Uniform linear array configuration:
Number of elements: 64
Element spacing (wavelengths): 0.75
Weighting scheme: cosine
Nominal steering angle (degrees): -45
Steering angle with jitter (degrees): -43.222
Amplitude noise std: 0.05
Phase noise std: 0.05

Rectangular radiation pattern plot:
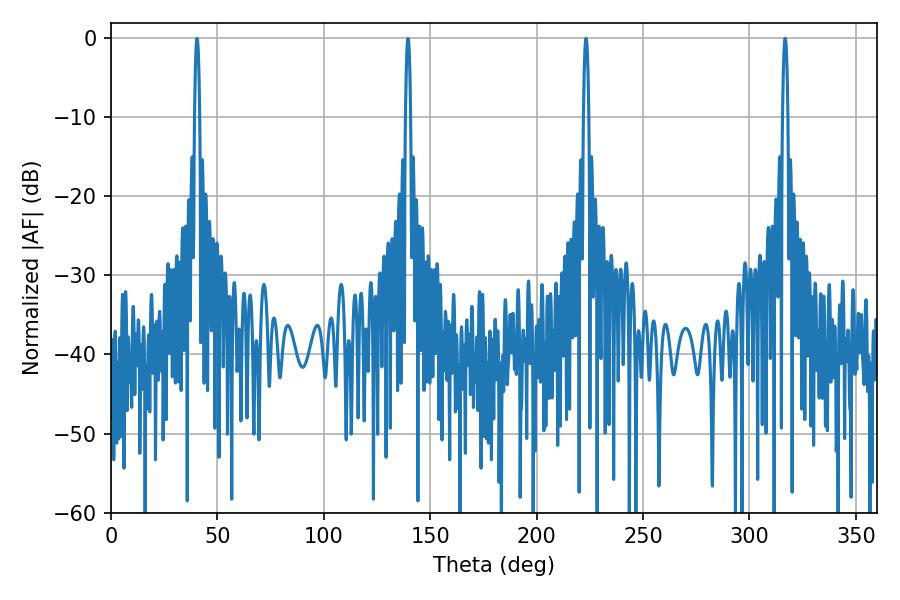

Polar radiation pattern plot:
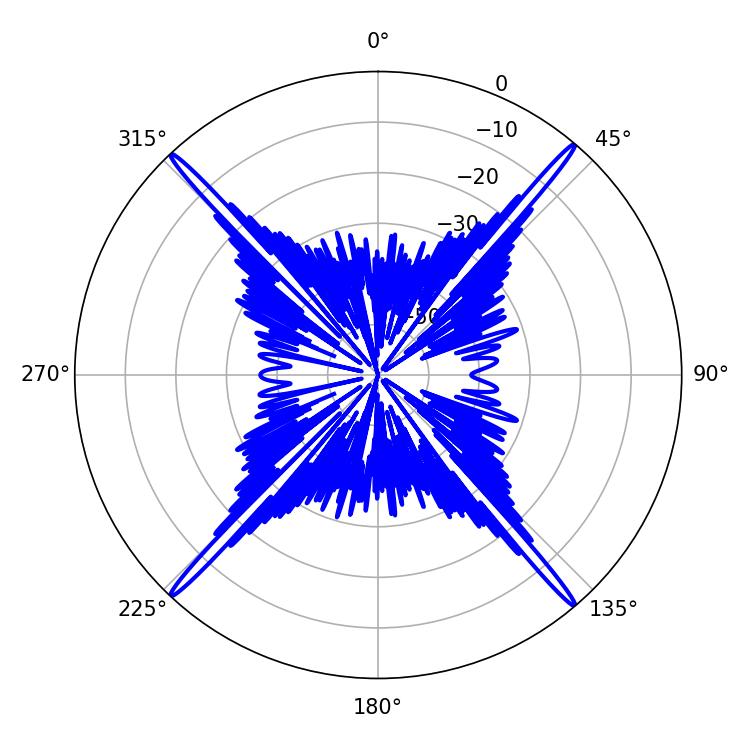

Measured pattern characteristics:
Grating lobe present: TRUE
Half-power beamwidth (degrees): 1.44
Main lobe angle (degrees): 223.2